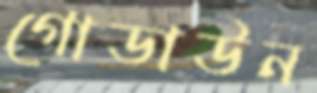
গোডাউন